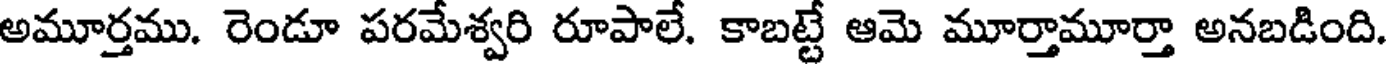
అమూర్తము. రెండూ పరమేశ్వరి రూపాలే. కాబట్టే ఆమె మూర్తామూర్తా అనబడింది.